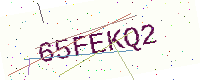
Text: 65FEKQ2